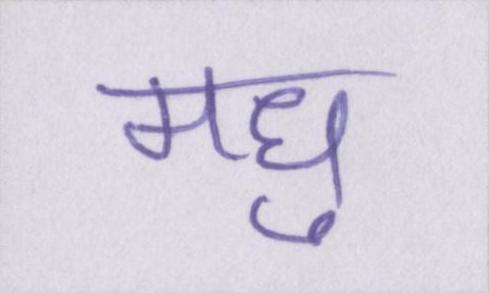
मधु